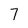
Character: 7